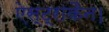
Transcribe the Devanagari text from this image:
ऐस्ट्राकैन।